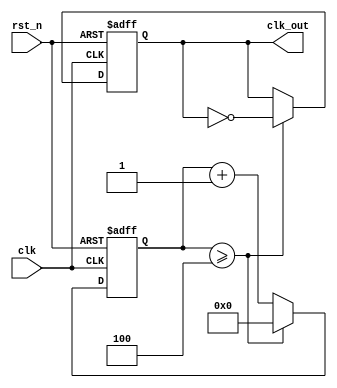
module CLK_create #(parameter [26:0] freq = 5) (
    input  wire clk,
    input  wire rst_n,
  	 output reg clk_out
);
  
reg [29:0] count_s;
  

always @(posedge clk, negedge rst_n) begin 
   if (!rst_n) begin 
      count_s <= 'd0; 
      clk_out <= 'd0;
   end 
   else begin
      if (count_s >= (freq-1)) begin
          count_s <= 'd0;
          clk_out <= ~clk_out;
      end 
      else begin 
         count_s <= count_s + 'd1;
      end
   end
end

endmodule